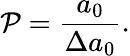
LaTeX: \mathcal{P}=\frac{a_{0}}{\Delta a_{0}}.